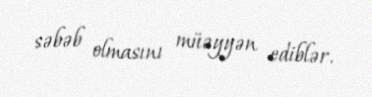
səbəb olmasını müəyyən ediblər.